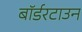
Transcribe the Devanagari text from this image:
बॉर्डरटाउन